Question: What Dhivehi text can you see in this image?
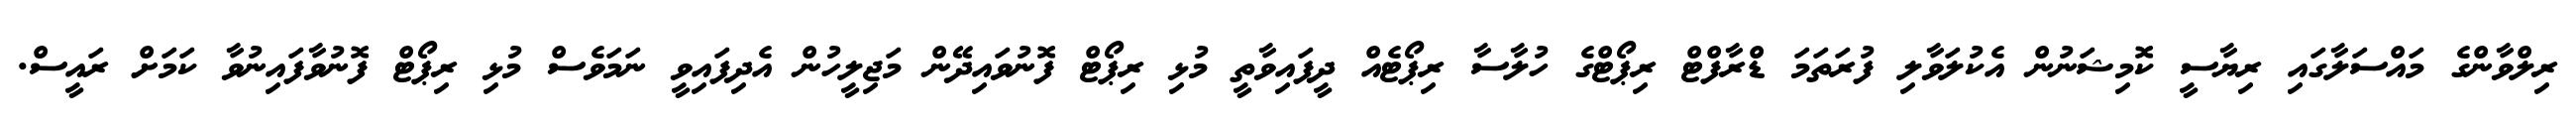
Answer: ރިލްވާންގެ މައްސަލާގައި ރިޔާސީ ކޮމިޝަނުން އެކުލަވާލި ފުރަތަމަ ޑްރާފްޓް ރިޕޯޓްގެ ހުލާސާ ރިޕޯޓެއް ދީފައިވާތީ މުޅި ރިޕޯޓް ފޮނުވައިދޭން މަޖިލީހުން އެދިފައިވީ ނަމަވެސް މުޅި ރިޕޯޓް ފޮނުވާފައިނުވާ ކަމަށް ރައީސް.